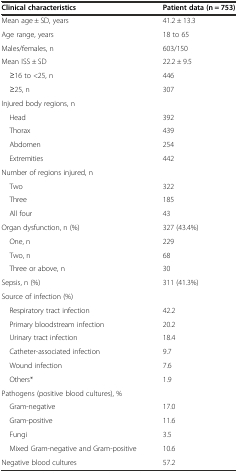
<table><thead><tr><td><b>Clinical characteristics</b></td><td><b>Patient data (n = 753)</b></td></tr></thead><tbody><tr><td>Mean age ± SD, years</td><td>41.2 ± 13.3</td></tr><tr><td>Age range, years</td><td>18 to 65</td></tr><tr><td>Males/females, n</td><td>603/150</td></tr><tr><td>Mean ISS ± SD</td><td>22.2 ± 9.5</td></tr><tr><td> ≥16 to &lt;25, n</td><td>446</td></tr><tr><td> ≥25, n</td><td>307</td></tr><tr><td>Injured body regions, n</td><td></td></tr><tr><td> Head</td><td>392</td></tr><tr><td> Thorax</td><td>439</td></tr><tr><td> Abdomen</td><td>254</td></tr><tr><td> Extremities</td><td>442</td></tr><tr><td>Number of regions injured, n</td><td></td></tr><tr><td> Two</td><td>322</td></tr><tr><td> Three</td><td>185</td></tr><tr><td> All four</td><td>43</td></tr><tr><td>Organ dysfunction, n (%)</td><td>327 (43.4%)</td></tr><tr><td> One, n</td><td>229</td></tr><tr><td> Two, n</td><td>68</td></tr><tr><td> Three or above, n</td><td>30</td></tr><tr><td>Sepsis, n (%)</td><td>311 (41.3%)</td></tr><tr><td>Source of infection (%)</td><td></td></tr><tr><td> Respiratory tract infection</td><td>42.2</td></tr><tr><td> Primary bloodstream infection</td><td>20.2</td></tr><tr><td> Urinary tract infection</td><td>18.4</td></tr><tr><td> Catheter-associated infection</td><td>9.7</td></tr><tr><td> Wound infection</td><td>7.6</td></tr><tr><td> Others*</td><td>1.9</td></tr><tr><td>Pathogens (positive blood cultures), %</td><td></td></tr><tr><td> Gram-negative</td><td>17.0</td></tr><tr><td> Gram-positive</td><td>11.6</td></tr><tr><td> Fungi</td><td>3.5</td></tr><tr><td> Mixed Gram-negative and Gram-positive</td><td>10.6</td></tr><tr><td>Negative blood cultures</td><td>57.2</td></tr></tbody></table>